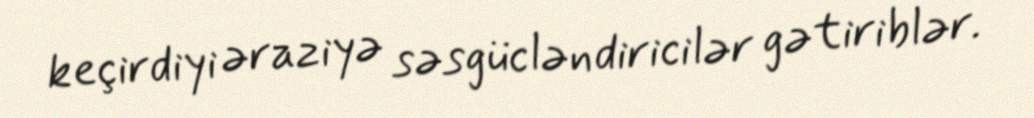
keçirdiyi əraziyə səsgücləndiricilər gətiriblər.